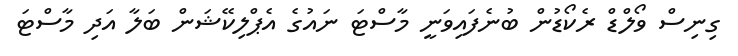
ގިނިސް ވޯލްޑް ރެކޯޑުން ބުނެފައިވަނީ މާސްޓަ ނައުގެ އެޕްލިކޭޝަން ބަލާ އަދި މާސްޓަ